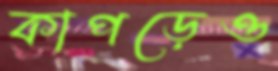
কাপড়েও